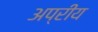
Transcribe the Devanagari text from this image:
अप्रीय